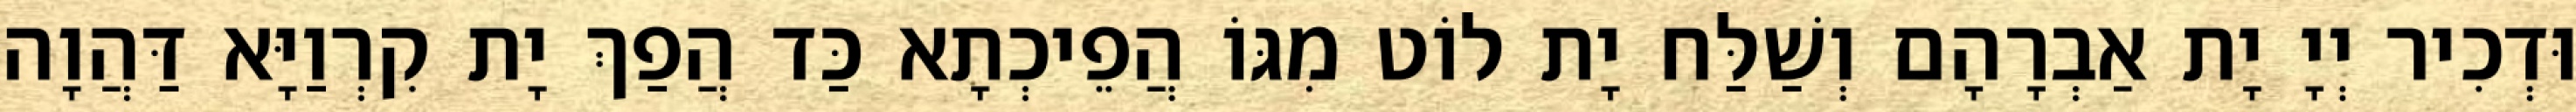
וּדְכִיר יְיָ יָת אַבְרָהָם וְשַׁלַּח יָת לוֹט מִגּוֹ הֲפֵיכְתָא כַּד הֲפַךְ יָת קִרְוַיָּא דַּהֲוָה